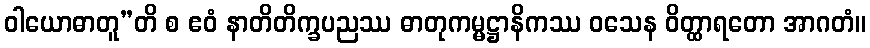
ဝါယောဓာတူ”တိ စ ဧဝံ နာတိတိက္ခပညဿ ဓာတုကမ္မဋ္ဌာနိကဿ ဝသေန ဝိတ္ထာရတော အာဂတံ။